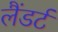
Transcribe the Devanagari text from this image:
लैंडर्ट